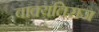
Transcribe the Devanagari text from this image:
वाक्यतिराज